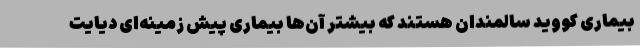
بیماری کووید سالمندان هستند که بیشتر آن‌ها بیماری پیش زمینه‌ای دیایت